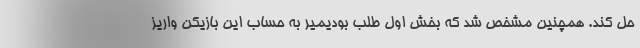
حل کند. همچنین مشخص شد که بخش اول طلب بودیمیر به حساب این بازیکن واریز